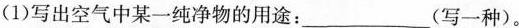
(1)写出空气中某一纯净物的用途：___(写一种)。